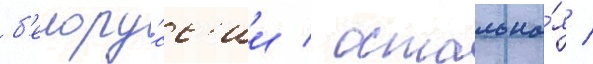
б'елору́сс'ии / остальна́я /